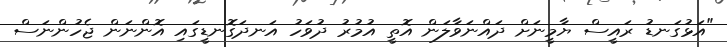
"އަޅުގަނޑު ރައީސް ޔާމީނަށް ދައްނަވާލަން އޮތީ އުމުރު ދުވަހު އަނދަގޮނޑީގައި އޮންނަން ޖެހުންނަސް